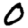
Digit: 0